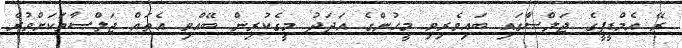
ރޭ އެމްޑީޕީގެ ޖަލްސާގައި ބައިވެރިވި މީހުންގެ އަދަދު މީގެކުރިން ބޭއްވި އެތައް ޖަލްސާތަކަށްވުރެ